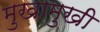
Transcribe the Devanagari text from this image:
मुखामुखी